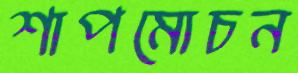
শাপমোচন